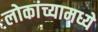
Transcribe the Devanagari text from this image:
लोकांच्यामध्ये